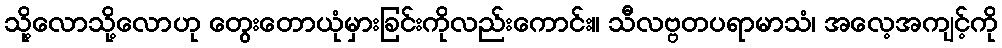
သို့လောသို့လောဟု တွေးတောယုံမှားခြင်းကိုလည်းကောင်း။ သီလဗ္ဗတပရာမာသံ၊ အလေ့အကျင့်ကို